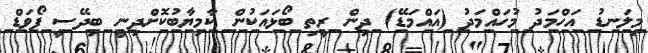
މިލަނޑު އަހްމަދު މުހައްމަދު (އައްމަޑޭ) ދިން ރީތި ބޯޅައަކުން ކާމިޔާބުކޮށްދިނީ ބިދޭސީ ފޯވަޑް